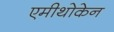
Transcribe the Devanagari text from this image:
एमीथोकेन